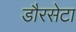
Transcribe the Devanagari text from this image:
डौरसेटा